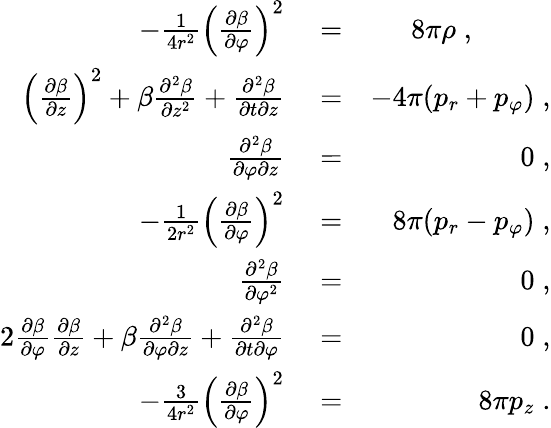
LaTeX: \begin{array}{rlr}{-\frac{1}{4r^{2}}\left(\frac{\partial\beta}{\partial\varphi}\right)^{2}}&{{}=}&{8\pi\rho\; ,\; \; \; \; \; \; \; \; \; \; }\\ {\left(\frac{\partial\beta}{\partial z}\right)^{2}+\beta\frac{\partial^{2}\beta}{\partial z^{2}}+\frac{\partial^{2}\beta}{\partial t\partial z}}&{{}=}&{-4\pi(p_{r}+p_{\varphi})\; ,}\\ {\frac{\partial^{2}\beta}{\partial\varphi\partial z}}&{{}=}&{0\; ,}\\ {-\frac{1}{2r^{2}}\left(\frac{\partial\beta}{\partial\varphi}\right)^{2}}&{{}=}&{8\pi(p_{r}-p_{\varphi})\; ,}\\ {\frac{\partial^{2}\beta}{\partial\varphi^{2}}}&{{}=}&{0\; ,}\\ {2\frac{\partial\beta}{\partial\varphi}\frac{\partial\beta}{\partial z}+\beta\frac{\partial^{2}\beta}{\partial\varphi\partial z}+\frac{\partial^{2}\beta}{\partial t\partial\varphi}}&{{}=}&{0\; ,}\\ {-\frac{3}{4r^{2}}\left(\frac{\partial\beta}{\partial\varphi}\right)^{2}}&{{}=}&{8\pi p_{z}\; .}\end{array}